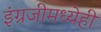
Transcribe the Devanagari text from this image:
इंग्रजीमध्येही